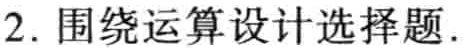
2. 围绕运算设计选择题.